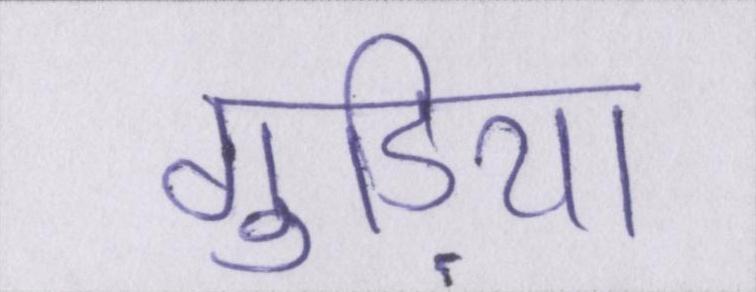
गुड़िया